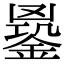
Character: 𨩹